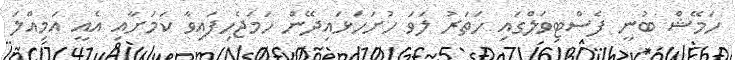
ހަމޭޝް ބުނީ ފެސްޓިވަލްގައި ހަތަރު ލަވަ ހުށަހަޅައިދޭން ހަމަޖެހިފައިވާ ކަމަށާއި އެއީ އަމިއްލަ